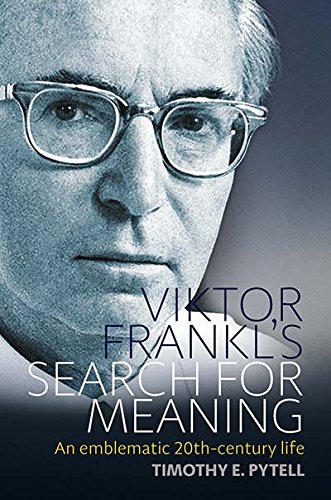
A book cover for Viktor Frankl's Search for Meaning: An Emblematic 20th-century Life (Making Sense of History); Timothy Edward Pytell; Medical Books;